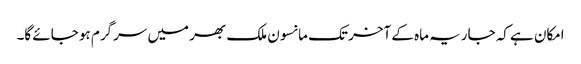
امکان ہے کہ جاریہ ماہ کے آخر تک مانسون ملک بھر میں سرگرم ہو جائے گا۔